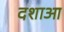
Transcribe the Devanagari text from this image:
दशाआ